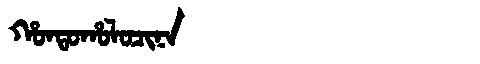
Manchu: ᡥᠣᠨᡨᠣᡥᠣᠯᠣᠴᡳᠨᠠ
Romanization: HONTOHOLOCINA